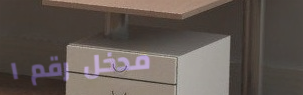
مدخل رقم ١